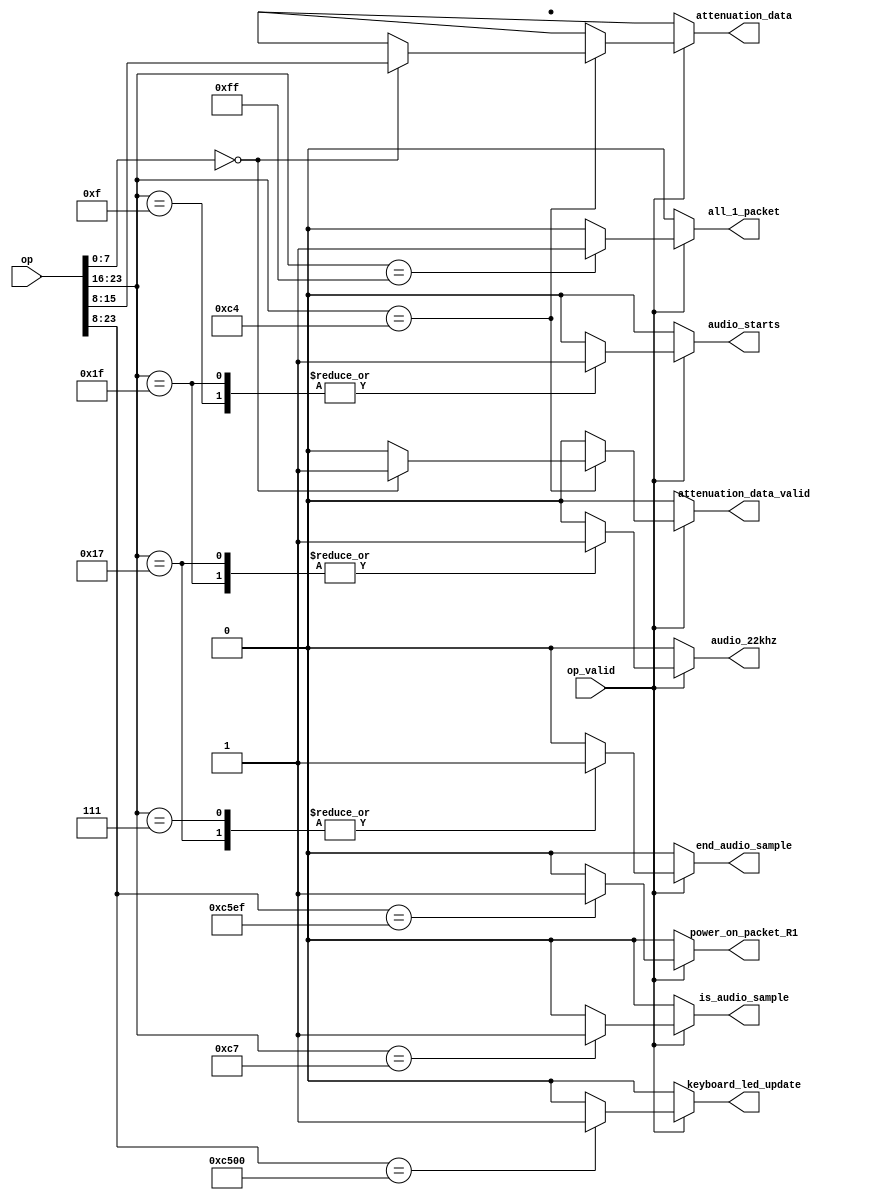
`default_nettype none

module OpDecoder(
	input wire [23:0] op, // 3 bytes
	input wire op_valid,
	output reg is_audio_sample,
	output reg audio_starts,
	output reg audio_22khz,
	output reg end_audio_sample,
	output reg all_1_packet, // can be used for entire reset
	output reg power_on_packet_R1,
	output reg keyboard_led_update,
	output reg attenuation_data_valid,
	output reg [7:0] attenuation_data
);

	wire [7:0] data1;
	wire [7:0] data2;
	assign data1 = op[15:8];
	assign data2 = op[7:0];

	always@ (*) begin
		is_audio_sample = 0;
		audio_starts = 0;
		all_1_packet = 0;
		power_on_packet_R1 = 0;
		keyboard_led_update = 0;
		audio_22khz = 0;
		end_audio_sample = 0;
		attenuation_data_valid = 0;
		attenuation_data = 8'hxx;
		if (op_valid)
			casex (op)
				24'hc5ef??: begin
					power_on_packet_R1 = 1;
				end
				24'hc500??: begin
					keyboard_led_update = 1;
				end
				24'hc4????: if (data2 == 0) begin
					attenuation_data_valid = 1;
					attenuation_data = data1;
				end
				24'h1f????: begin // 22khz
					audio_starts = 1;
					audio_22khz = 1;
				end
				24'h0f????: begin // 44khz
					audio_starts = 1;
				end
				24'h17????: begin // 22khz
					end_audio_sample = 1;
					audio_22khz = 1;
				end
				24'h07????: begin // 44khz
					end_audio_sample = 1;
				end
				24'hc7????: begin
					is_audio_sample = 1;
				end
				24'hff????: begin
					all_1_packet = 1;
				end
				default: begin
				end
			endcase
	end

endmodule